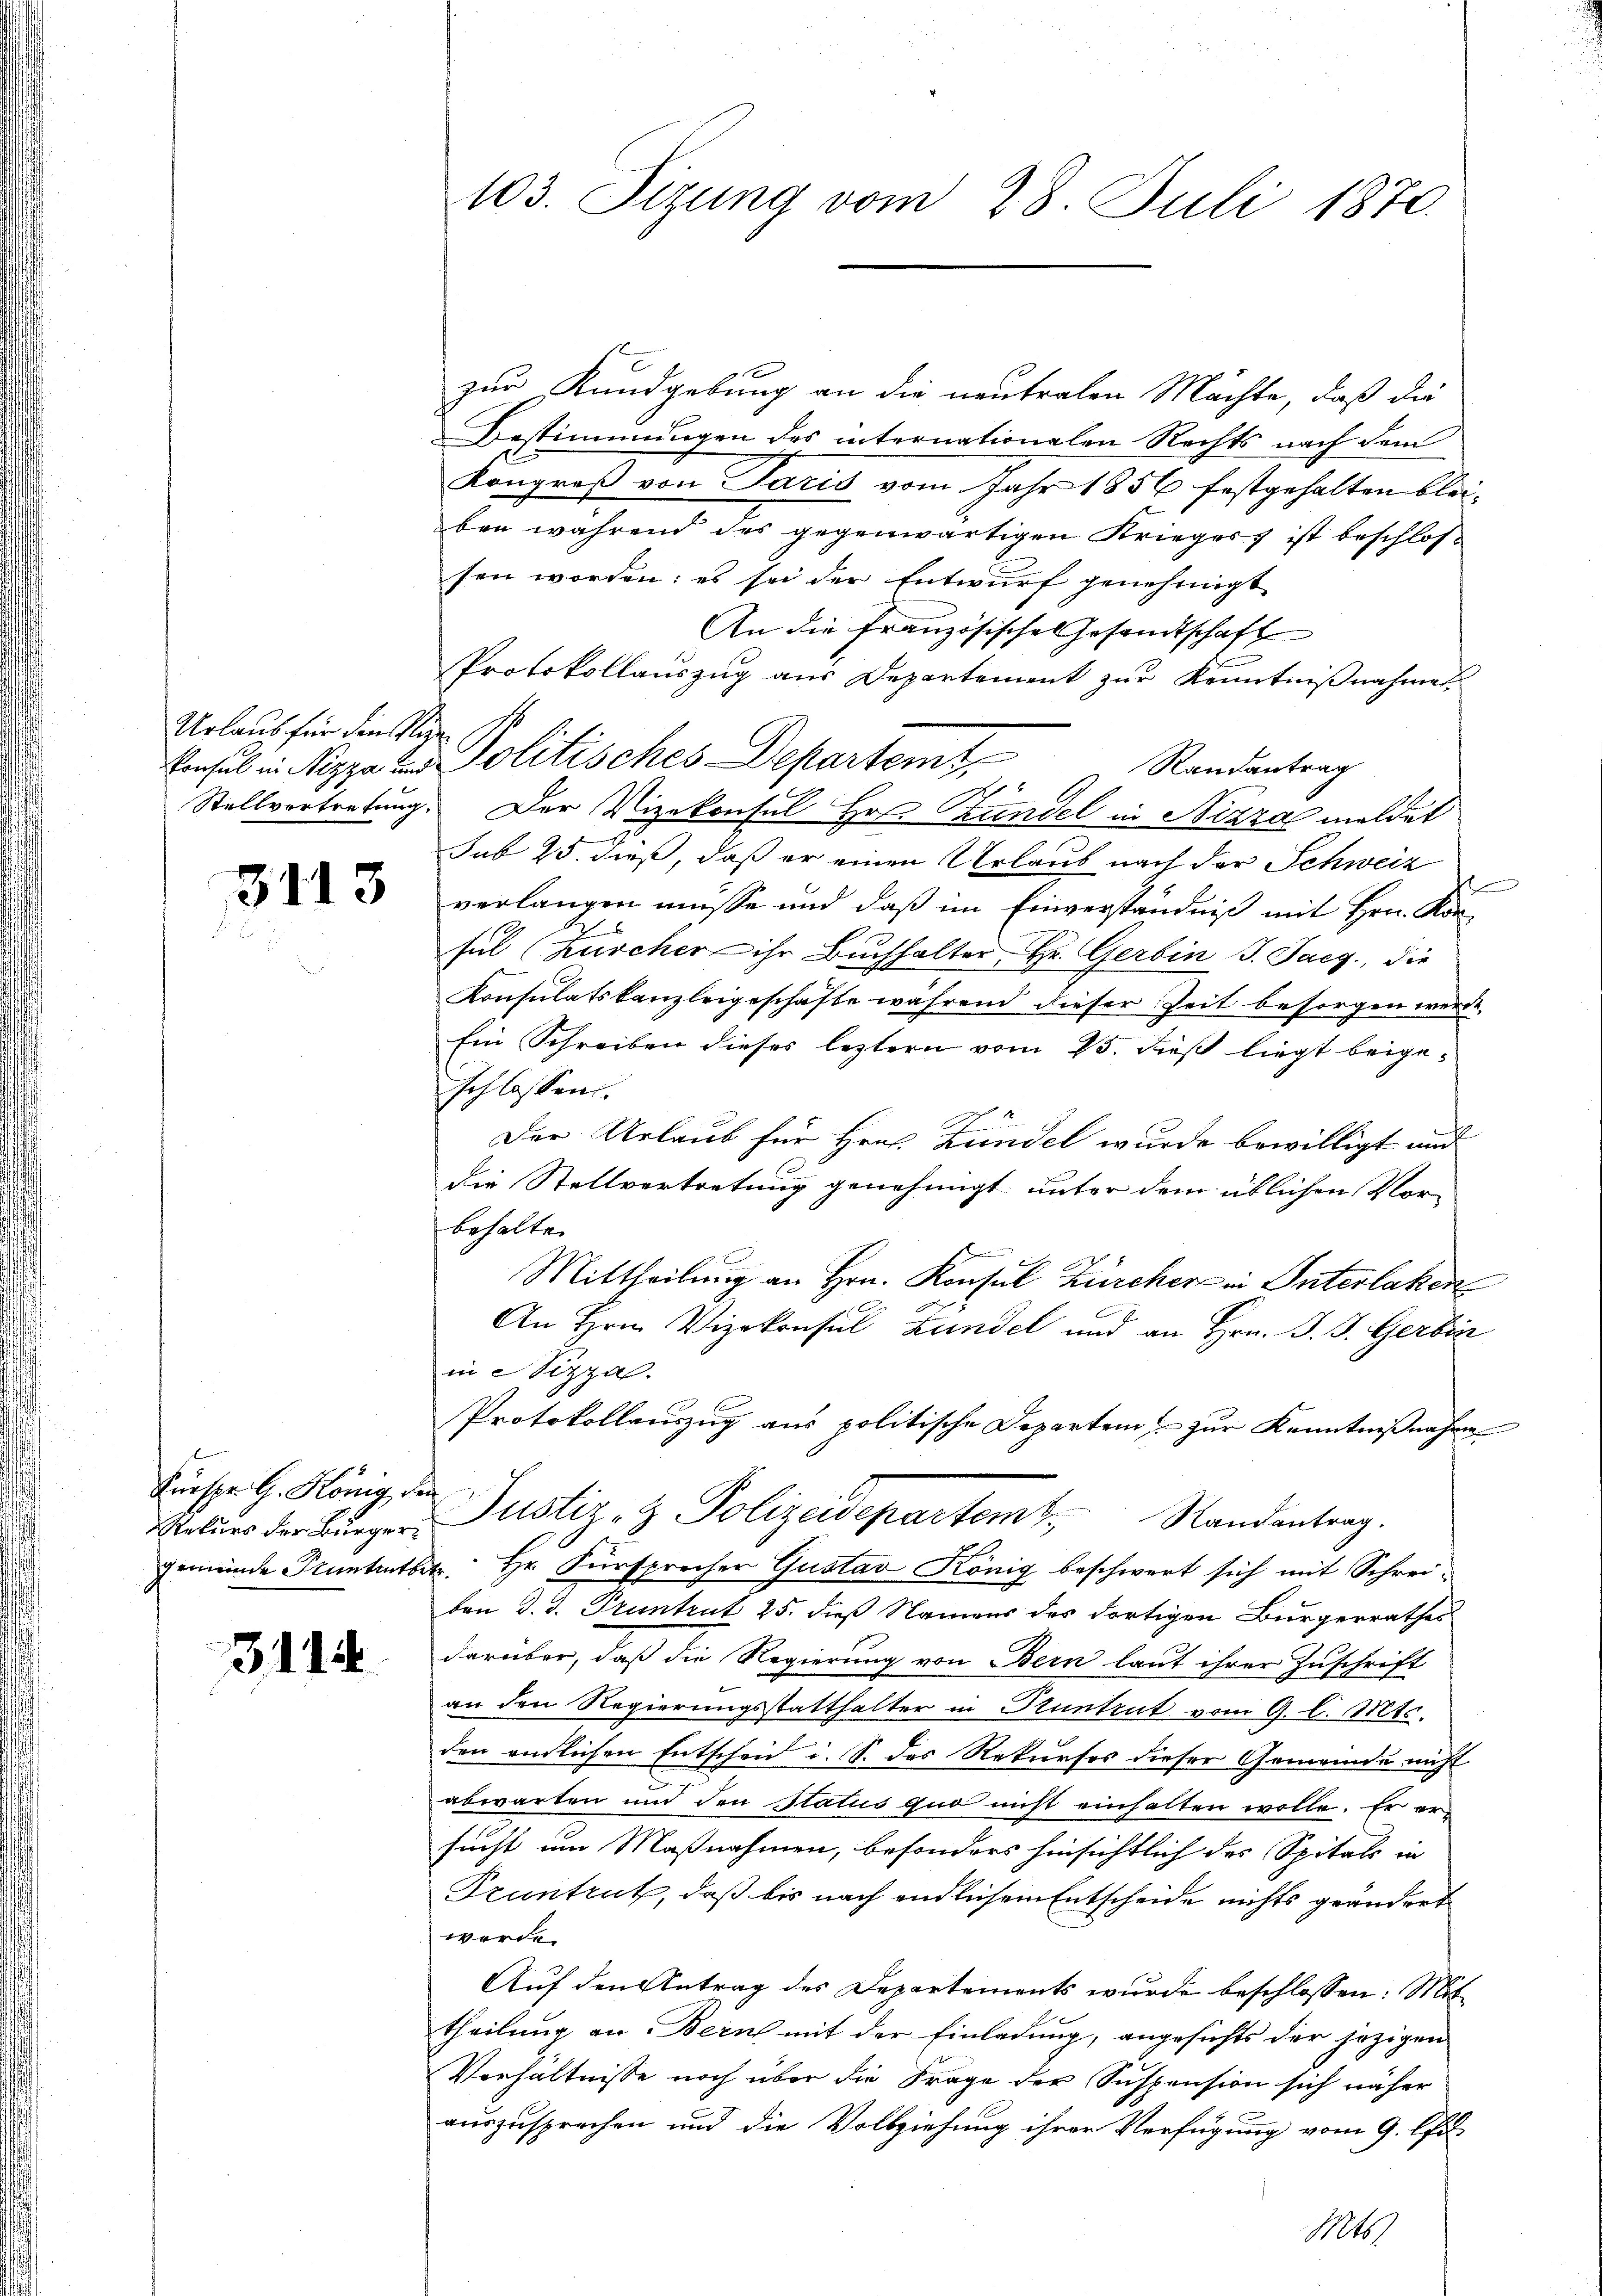
Urlaub für den Sie

3113

Fürspr. G. König, der
Rekurs der Bürgergemeinde Stuntentbe

3114

103. Sizung vom 28. Juli 1870.

zur Kundgebung an die neutralen Machte, daß die
Bestimmungen des internationalen Rechts nach dem
Kongroß von Paris vom Jahr 1856 festgehalten bleiben während des gegenwärtigen Kriegers ist beschlossen worden; es sei der Entwurf genehmigt
An die Französische Gesandtschaft
Randantrag
Stellvertretung. Der Vizekonsul Hr. Kundel in Nizza meldet
sub 25. dieß, daß er einen Urlaub nach der Schweiz
verlangen müsse und daß im Einverständniß mit Hrn. Kon-
sul (Kuscher ihr Buchhalter, Hr. Gerbin J. Jaeg., die
Konsulatskanzleigeschäfte während dieser Zeit besorgen werde,
Ein Schreiben dieses leztern vom 25. dieß liegt beigeschlossen.
Der Urlaub für Hrn. Kündel wurde bewilligt und
die Stellvertretung genehmigt unter dem üblichen Vor-
behalten
Mittheilung an Hrn. Konsul Zürcher in Interlaken
An Hrn. Vizekonsul Landel und an Hrn. J. J. Gerbin
in Stizzal.
Protokollauszug aus politische Departem zur Kenntnißnahme
Justiz- & Polizeidepartemt. Randantrag.
 Hr. Fürsprecher Gustav König beschwert sich mit Schreiben d. d. Pruntrut 25. dieß Namens des dortigen Bürgerrathes
darüber, daß die Regierung von Bern laut ihrer Zuschrift
an den Regierungsstatthalter in Stuntrut vom 9. l. Mts.
den endlichen Entscheid i. S. des Rekurses dieser Gemeinde nicht
abwarten und den Status quo nicht einhalten wolle. Er ersucht um Maßnahmen, besonders hinsichtlich der Spitals in
Pruntrut, daß bis nach endlichem Entscheide nichts geändert
werde.
Aŭf den Antrag des Departements wurde beschlossen: Mit
theilung an Bern mit der Einladung, angesichts der jezigen
Verhältnisse noch über die Frage der Suspension sich näher
auszusprechen und die Vollziehung ihrer Verfügung vom 9. Apri
Mts.

Protokollaŭszŭg aŭs Departement zŭr Kenntniβnahmet
Konsul in Pizzo zur Politisches Departemt,
5